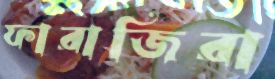
ফারাজিরা